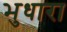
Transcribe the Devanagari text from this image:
भुधारा